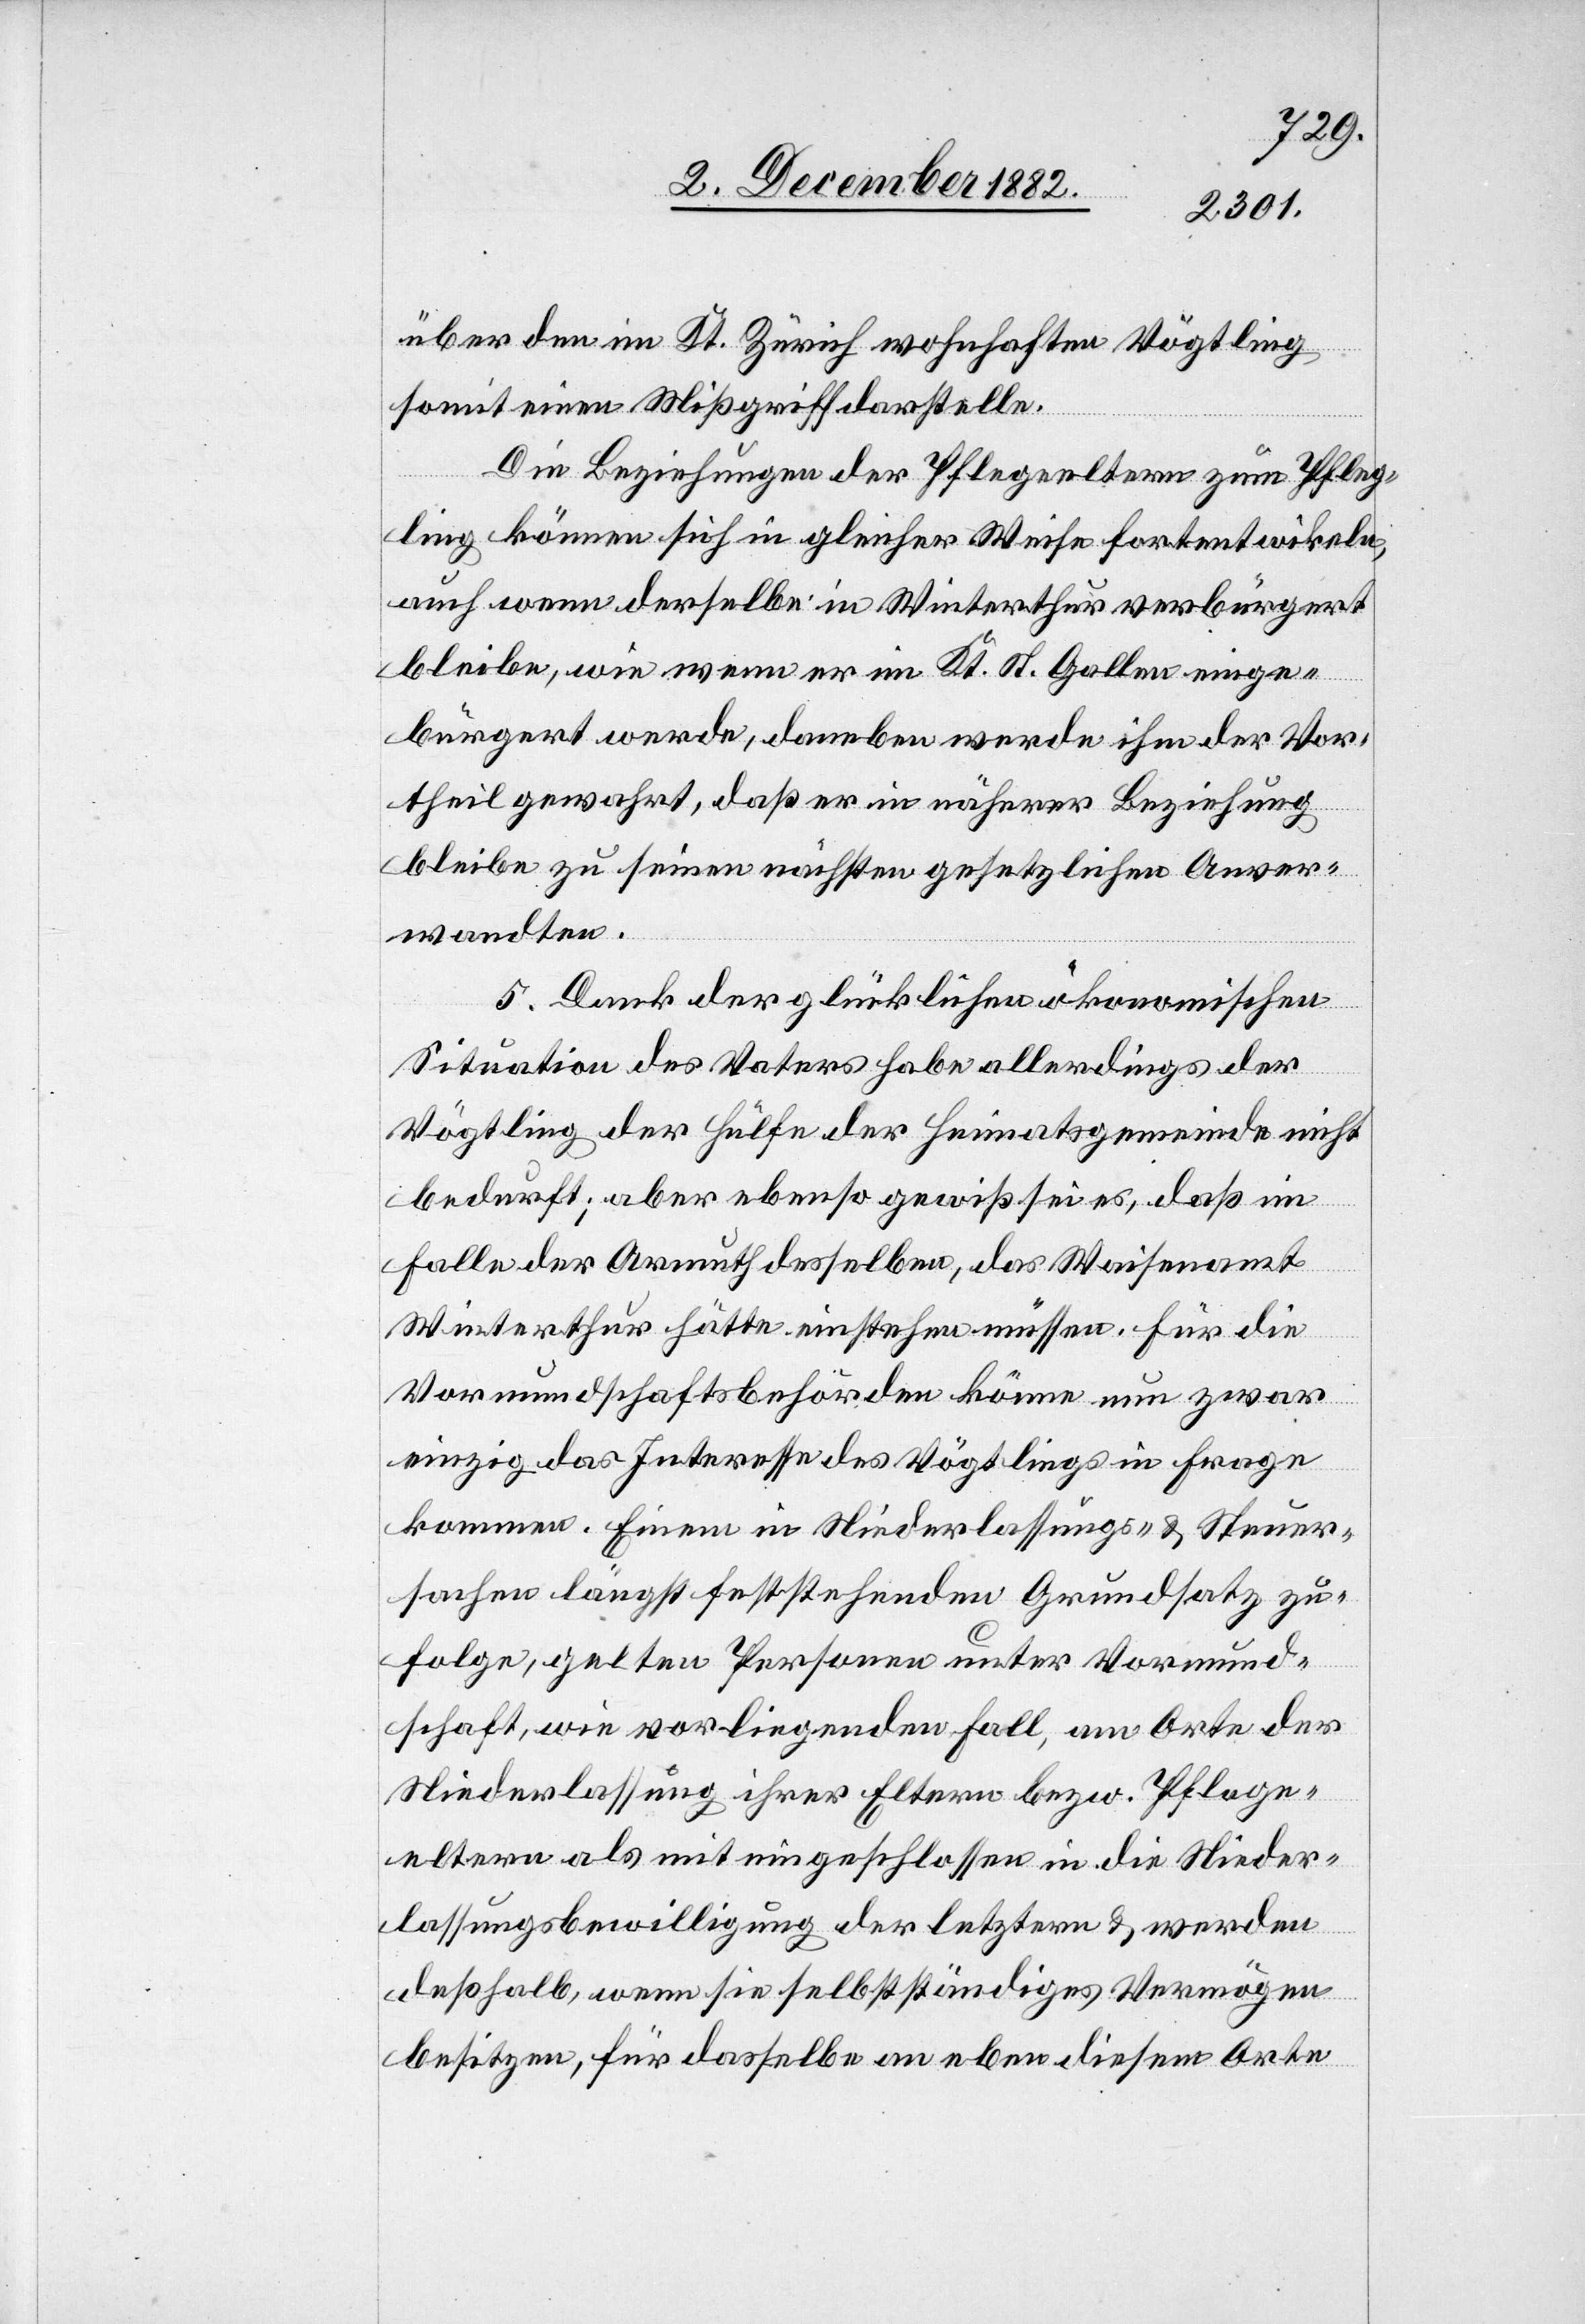
über den im Kt. Zürich wohnhaften Vögtling
somit einen Mißgriff darstelle.
Die Beziehungen der Pflegeeltern zum Pfleg¬
ling können sich in gleicher Weise fortentwikeln,
auch wenn derselbe in Winterthur verbürgert
bleibe, wie wenn er im Kt. St. Gallen einge¬
bürgert werde, daneben werde ihm der Vor¬
theil gewahrt, daß er in näherer Beziehung
bleibe zu seinen nächsten gesetzlichen Anver¬
wandten.
5. Dank der glücklichen ökonomischen
Situation des Vaters habe allerdings der
Vögtling der Hülfe der Heimatsgemeinde nicht
bedurft; aber ebenso gewiß sei es, daß im
Falle der Armuth desselben, das Waisenamt
Winterthur hätte einstehen müssen. Für die
Vormundschaftsbehörden könne nun zwar
einzig das Interesse des Vögtlings in Frage
kommen. Einem in Niederlassungs- & Steuer¬
sachen längst feststehenden Grundsatz zu¬
folge, gelten Personen unter Vormund¬
schaft, wie [im] vorliegenden Fall, am Orte der
Niederlassung ihrer Eltern bezw. Pflege¬
eltern als miteingeschlossen in die Nieder¬
lassungsbewilligung der letztern & werden
deßhalb, wenn sie selbstständiges Vermögen
besitzen, für dasselbe an eben diesem Orte